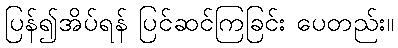
ပြန်၍အိပ်ရန် ပြင်ဆင်ကြခြင်း ပေတည်း။